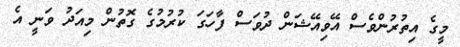
މީގެ އިތުރުންވެސް އޭވިއޭޝަން ދުވަސް ފާހަގަ ކުރުމުގެ ގޮތުން މިއަދު ވަނީ އެ